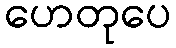
ဟေတုပေ